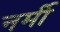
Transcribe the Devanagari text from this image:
नर्मी